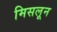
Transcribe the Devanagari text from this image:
मिसलून